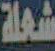
شعلة